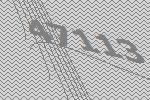
47113